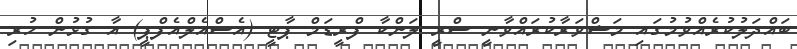
ބައްދަލުކުރެއްވުމުގައި މަޝްވަރާކުރައްވާނީ ސްރީ ލަންކާ ފްރީޑަމް ޕާޓީ (އެސްއެލްއެފްޕީ) އާ ގުޅުން ހުރި